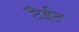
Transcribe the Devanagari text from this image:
टैईट